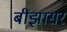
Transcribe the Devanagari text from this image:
बींझासर